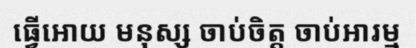
ធ្វើអោយ មនុស្ស ចាប់ចិត្ត ចាប់អារម្ម